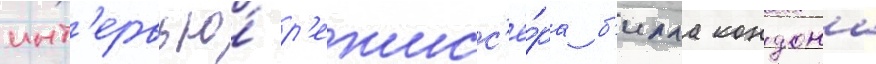
инт'ервью́ р'ежисс'ё́ра б'илла кондона